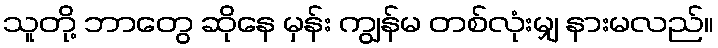
သူတို့ ဘာတွေ ဆိုနေ မှန်း ကျွန်မ တစ်လုံးမျှ နားမလည်။